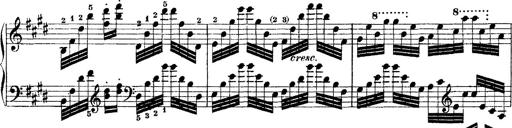
Title: Ã‰tudes d'exÃ©cution transcendante d'aprÃ¨s Paganini
Composer: Franz Liszt